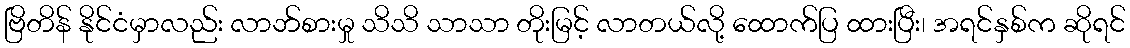
ဗြိတိန် နိုင်ငံမှာလည်း လာဘ်စားမှု သိသိ သာသာ တိုးမြင့် လာတယ်လို့ ထောက်ပြ ထားပြီး၊ အရင်နှစ်က ဆိုရင်